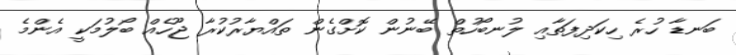
ބަނޑާ ހުރެ ހިކަދިފަތާއި ލުނބޯހުތް ބޭނުން ކޮށްގެން ތައްޔާރުކުރާ ޖޫހެއް ބޯލުމަކީ އެންމެ